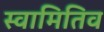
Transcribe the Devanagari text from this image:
स्वामितिव